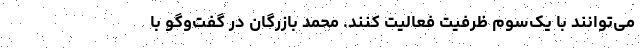
می‌توانند با یک‌سوم ظرفیت فعالیت کنند. محمد بازرگان در گفت‌وگو با